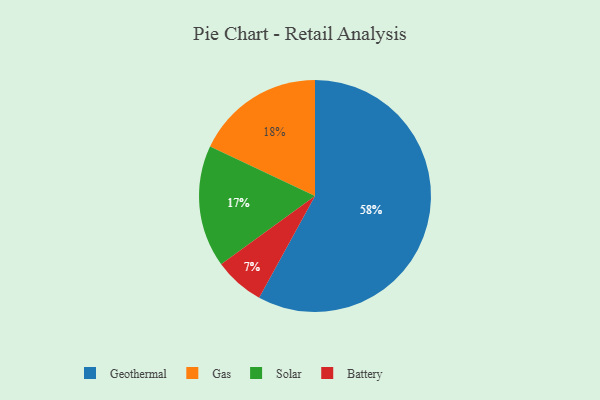
{"axis": {"x": "Category", "y": "Percentage"}, "legend": ["Battery", "Gas", "Geothermal", "Solar"], "data": [{"x": "Battery", "y": 7, "type": "Battery"}, {"x": "Solar", "y": 17, "type": "Solar"}, {"x": "Gas", "y": 18, "type": "Gas"}, {"x": "Geothermal", "y": 58, "type": "Geothermal"}]}